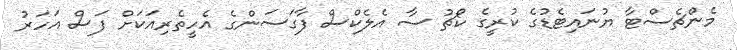
މެންޗެސްޓާ ޔުނައިޓެޑުގެ ކުރީގެ ކޯޗު ސާ އެލެކްސް ފާގަސަންގެ އެހީތެރިއަކަށް ފަސް އަހަރު